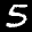
Label: 5